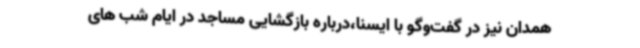
همدان نیز در گفت‌وگو با ایسنا،درباره بازگشایی مساجد در ایام شب های